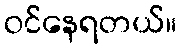
ဝင်နေရတယ်။